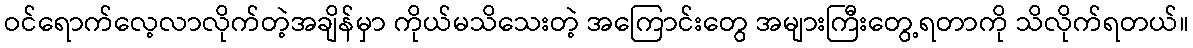
ဝင်ရောက်လေ့လာလိုက်တဲ့အချိန်မှာ ကိုယ်မသိသေးတဲ့ အကြောင်းတွေ အများကြီးတွေ့ရတာကို သိလိုက်ရတယ်။